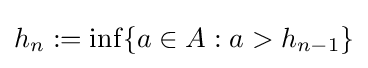
h_{n}:=\inf\{a\in A:a>h_{n-1}\}